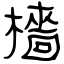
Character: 檣